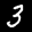
Label: 3